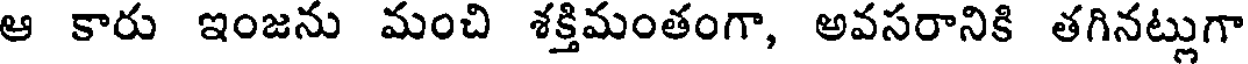
ఆ కారు ఇంజను మంచి శక్తిమంతంగా, అవసరానికి తగినట్లుగా